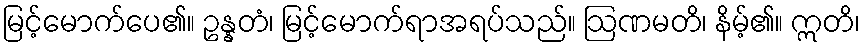
မြင့်မောက်ပေ၏။ ဥန္နတံ၊ မြင့်မောက်ရာအရပ်သည်။ ဩဏမတိ၊ နိမ့်၏။ ဣတိ၊